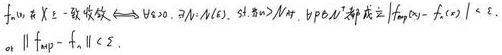
$f_{n}\xrightarrow{u}f$ 且 $X$ 一致收敛 $\Longleftrightarrow$ $\forall\varepsilon>0,\ \exists N\in\mathbb{N},\ s.t.\ n>N$ 时, $\forall p\in\mathbb{N}$ 都成立 $|f_{n+p}(x)-f_{n}(x)|<\varepsilon$, $\forall x\in X$ 或 $\|f_{n+p}-f_{n}\|<\varepsilon$.